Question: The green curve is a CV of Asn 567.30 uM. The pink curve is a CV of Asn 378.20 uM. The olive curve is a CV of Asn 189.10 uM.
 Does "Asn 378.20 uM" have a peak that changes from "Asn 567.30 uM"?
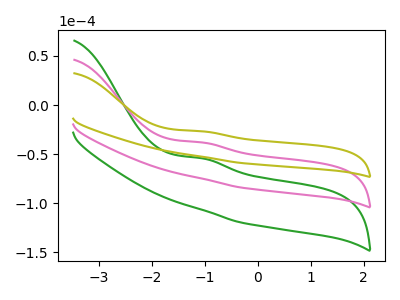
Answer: <think>The green curve "Asn 567.30 uM" has an anodic peak at: (-1.05V, -76.20uA). The pink curve "Asn 378.20 uM" has an anodic peak at: (-1.05V, -38.10uA). The olive curve "Asn 189.10 uM" has an anodic peak at: (-1.05V, -26.75uA).
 All the peaks in "Asn 378.20 uM" have a peak in "Asn 567.30 uM" at the same potential. Every peak in "Asn 378.20 uM" is higher than every peak in "Asn 567.30 uM".</think>
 <answer>No, "Asn 378.20 uM" and "Asn 567.30 uM" don't appear to be significantly different in shape</answer>
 <eval>no_change</eval>